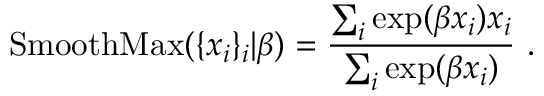
\operatorname { S m o o t h M a x } ( \{ x _ { i } \} _ { i } | \beta ) = \frac { \sum _ { i } \exp ( \beta x _ { i } ) x _ { i } } { \sum _ { i } \exp ( \beta x _ { i } ) } \mathrm { ~ . ~ }